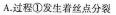
A.过程①发生着丝点分裂